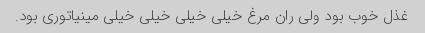
غذل خوب بود ولی ران مرغ خیلی خیلی خیلی خیلی مینیاتوری بود.